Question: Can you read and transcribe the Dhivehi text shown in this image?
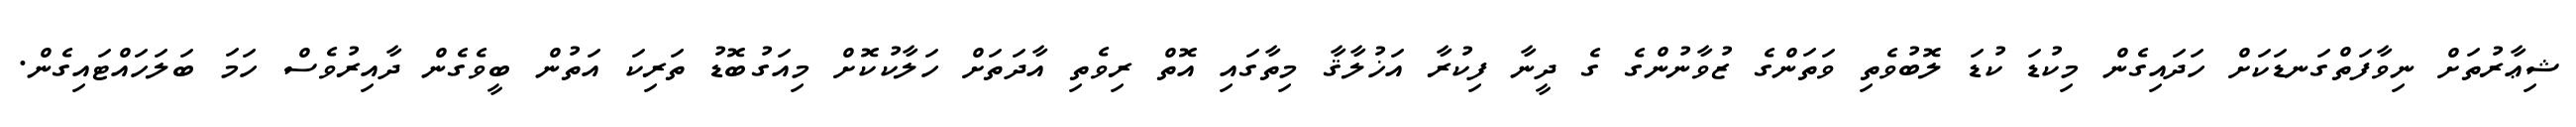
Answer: ޝިޢާރުތަށް ނިވާފަތްގަނޑަކަށް ހަދައިގެން މިކުޑަ ކުޑަ ލޮބުވެތި ވަތަންގެ ޒުވާނުންގެ ގެ ދީނާ ފިކުރާ އަޚުލާޤާ މިތާގައި އޮތް ރިވެތި އާދަތަށް ހަލާކުކޮށް މިއަގުބޮޑު ތަރިކަ އަތުން ބީވެގެން ދާއިރުވެސް ހަމަ ބަލަހައްޓައިގެން.